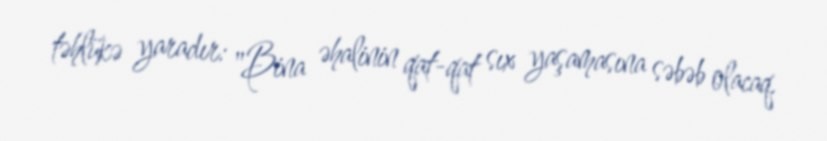
təhlükə yaradır: "Bina əhalinin qat-qat sıx yaşamasına səbəb olacaq.